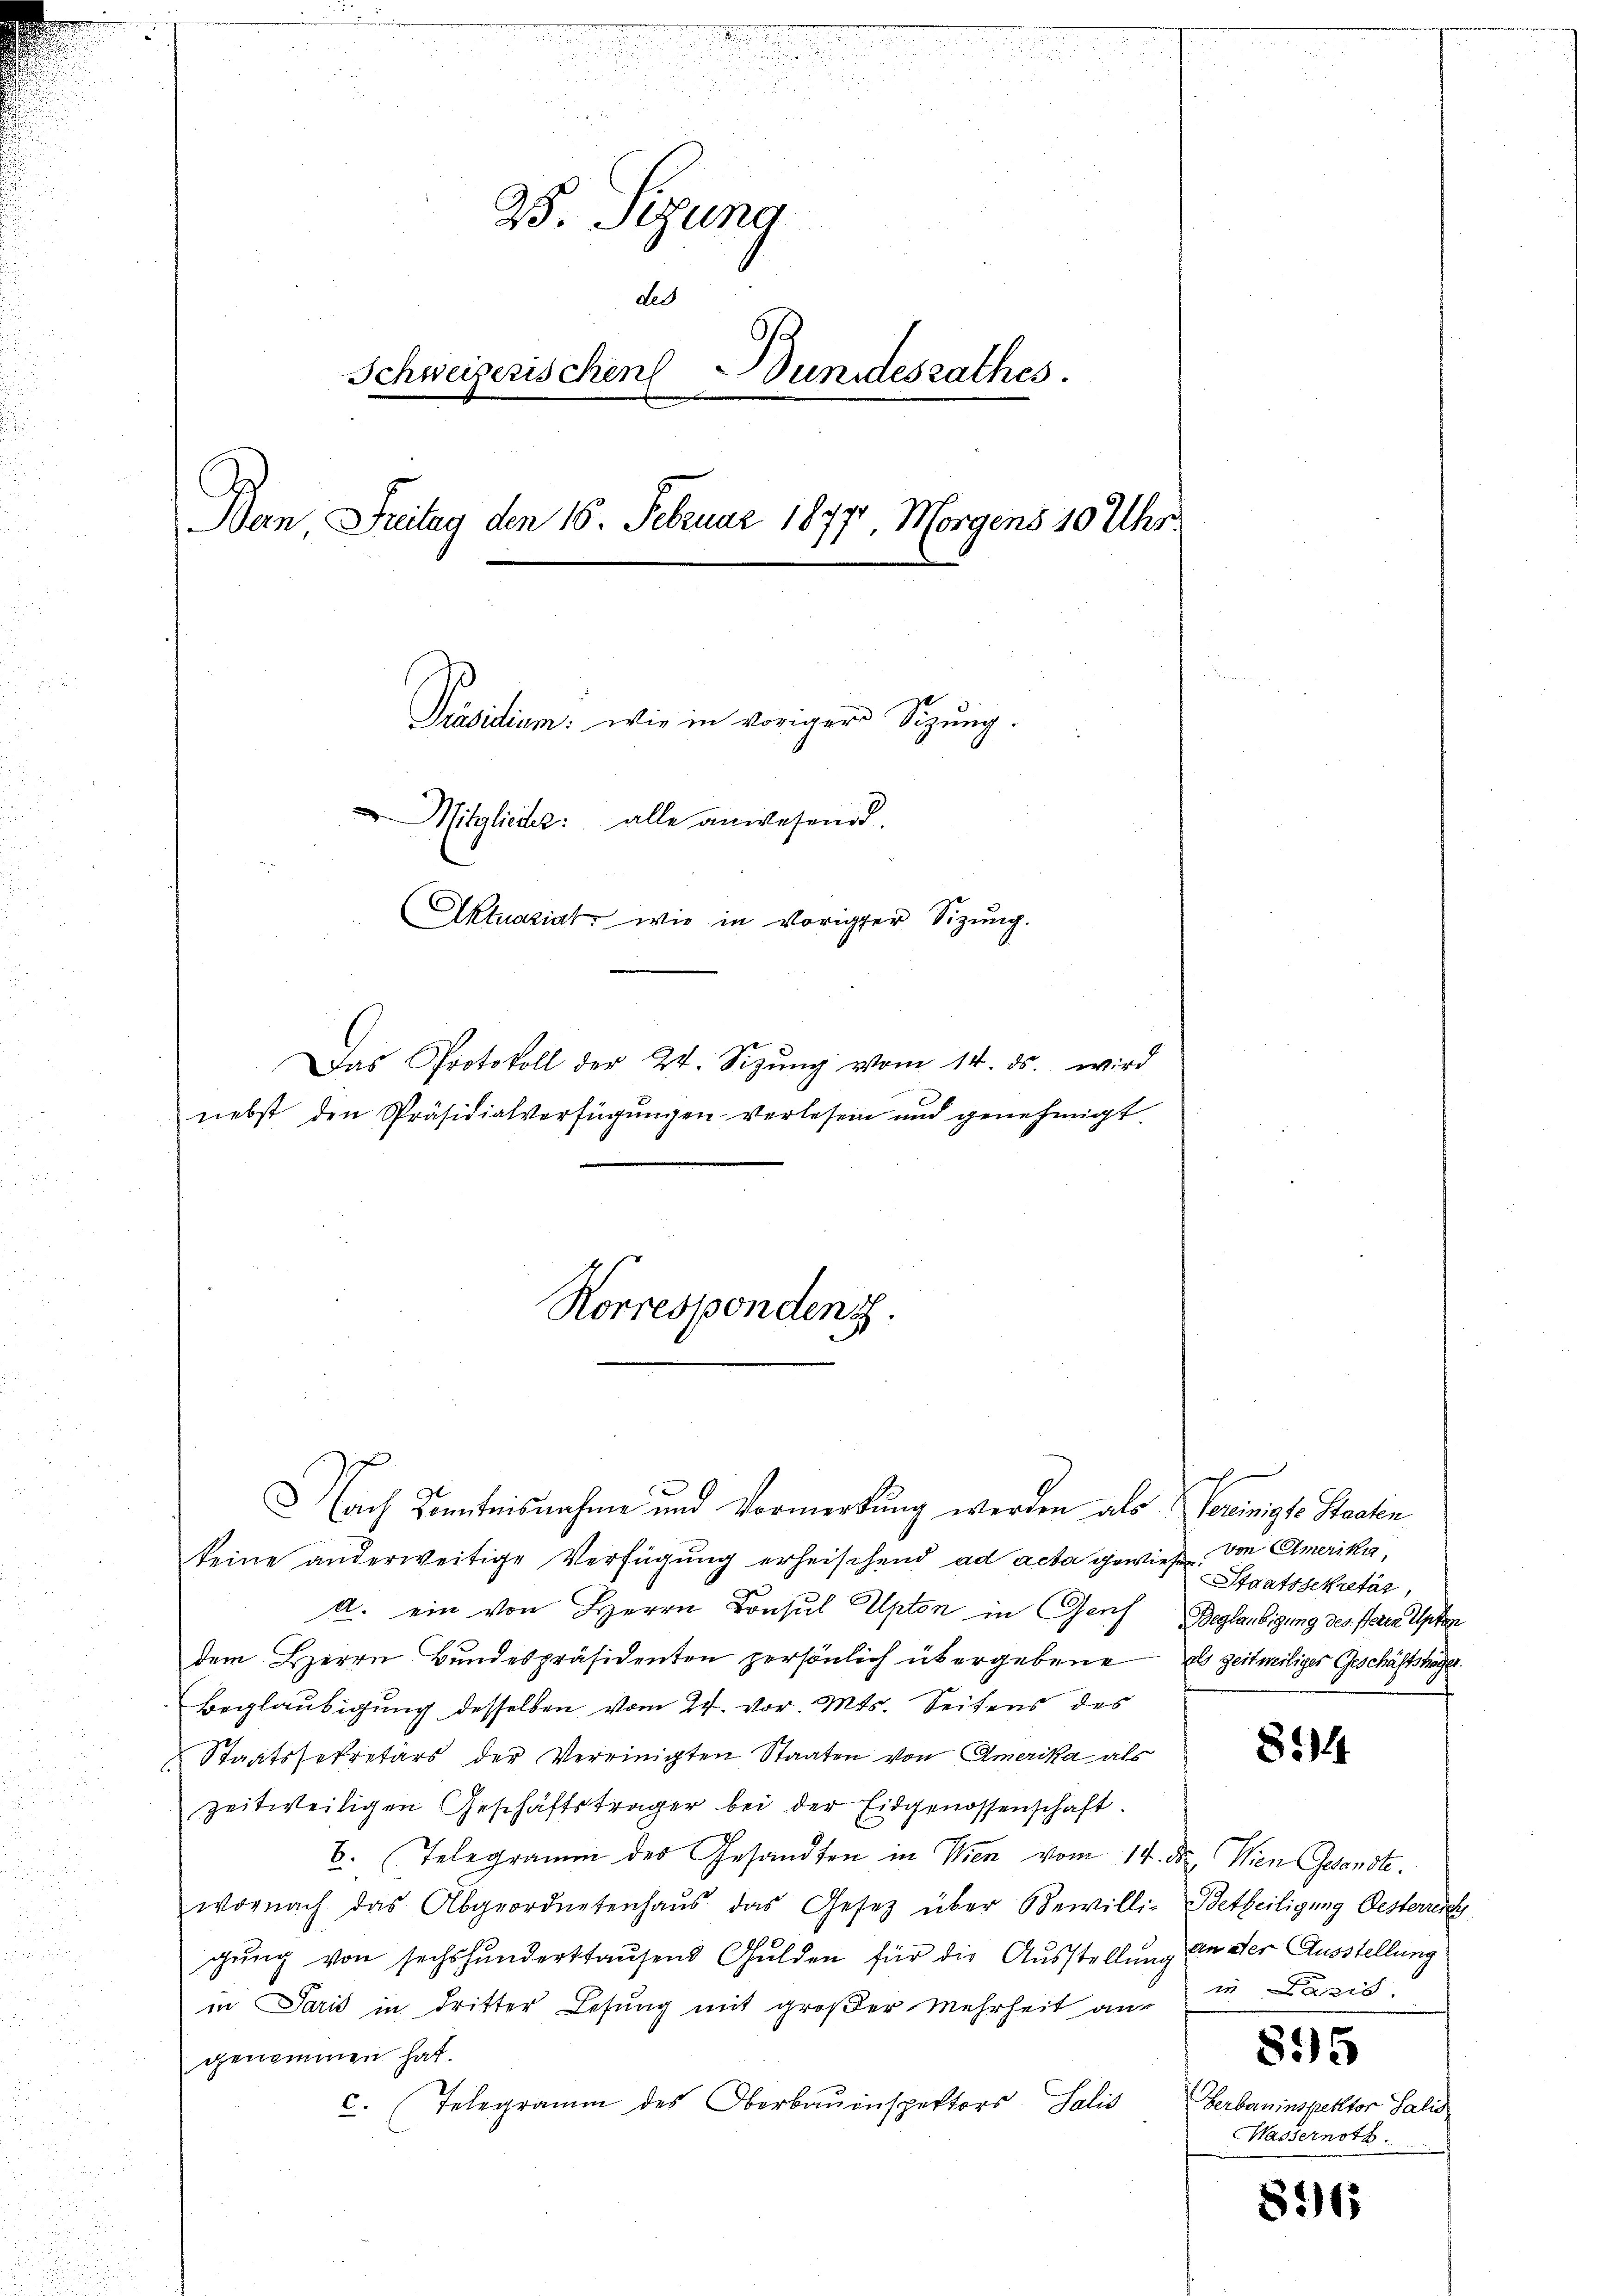
25. Sizung
des
Schweizerischen
Bundesrathes.
Ban Freitag den 16. Februar 18771. Morgens 10 Uhr.
Präsidium: wie in voriger Sitzung.
Mitglieder: alle anwesend.
Aktuariat, wie in voriger Sizung.
Das Protokoll der 24. Sizŭng vom 14. ds. wird
nebst den Präsidialverfügungen verlesen und genehmigt.

Korrespondens.

Dach Kenntnisnahme und Vormerkung werden als Voreinigte Staaten
keine anderweitige Verfügung erheischend ad acta gewiese den Amerika,
A. ein von Herrn Consul Apton in Genf Beglaubigung des Herrn Unter
dem Herrn Bundespräsidenten persönlich übergebene als zeitwiliger Geschäftshöge.
Beglaubigung desselben vom 24. vor. Mts. Seitens des
Staatssekretärs der Vereinigten Staaten von Amerika als
zeitweiligen Geschäftsträger bei der Eidgenossenschaft.
6. (Telegramm des Gesandten in Wien vom 14. ds. Wien Gesandte.
wornach das Abgeordnetenhaŭs das Gesetz über Bewilli- Betheiligung Oesterreic
gung von sechshunderthausend Gulden für die Ausstellung an der Ausstellung
in Paris in dritter Lesung mit großer Mehrheit auf
genommen hat.
c. Telegramm des Oberbauinspektors Salis

Staatssekretär,

814

in Paris.

815

Gerbauinspektor Salis
Wassernoth

8165